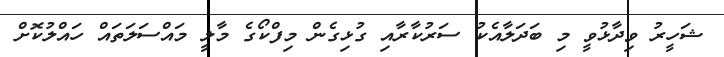
ޝަހީރު ވިދާޅުވީ މި ބަދަލާއެކު ސަރުކާރާއި ގުޅިގެން މިފްކޯގެ މާލީ މައްސަލަތައް ހައްލުކޮށް